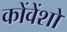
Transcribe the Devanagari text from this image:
कोंवेंशों